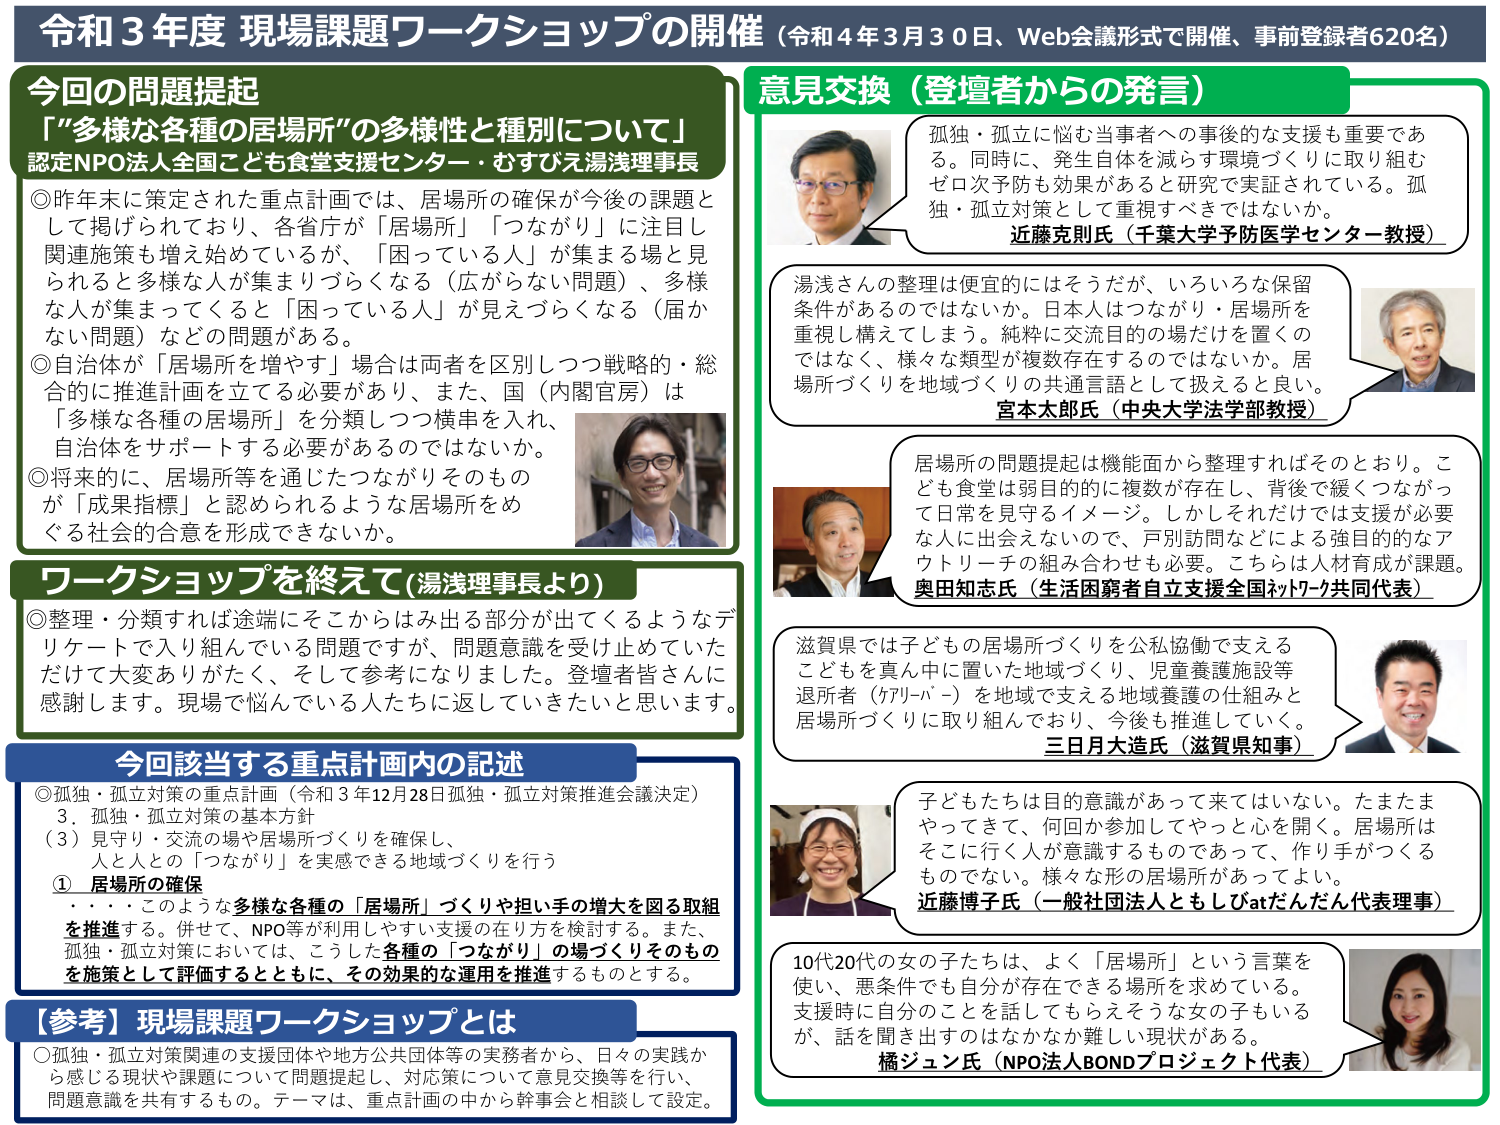
令和3年度 現場課題ワークショップの開催（令和4年3月30日、Web会議形式で開催、事前登録者620名）

今回の問題提起
「“多様な各種の居場所”の多様性と種別について」
認定NPO法人全国こども食堂支援センター・むすびえ湯浅理事長

◎昨年末に策定された重点計画では、居場所の確保が今後の課題として掲げられており、各省政府が「居場所」「つながり」に注目し関連施策も増え始めているが、「困っている人」が集まる場と見られると多様な人が集まりづらくなる（広がらない問題）、多様な人が集まってくると「困っている人」が見えづらくなる（届かない問題）などの問題がある。

◎自治体が「居場所を増やす」場合は両者を区別しつつ戦略的・総合的に推進計画を立てる必要があり、また、国（内閣官房）は「多様な各種の居場所」を分類しつつ横串を入れ、自治体をサポートする必要があるのではないか。

◎将来的に、居場所等を通じたつながりそのものが「成果指標」と認められるような居場所をめぐる社会的合意を形成できないか。

ワークショップを終えて（湯浅理事長より）

◎整理・分類すれば途端にそこからはみ出る部分が出てくるようなデリケートで入り組んでいる問題ですが、問題意識を受け止めていただけで大変ありがたく、そして参考になりました。登壇者皆さんに感謝します。現場で悩んでいる人たちに返していきたいと思います。

今回該当する重点計画内の記述

◎孤独・孤立対策の重点計画（令和3年12月28日孤独・孤立対策推進会議決定）
3．孤独・孤立対策の基本方針
（3）見守り・交流の場や居場所づくりを確保し、
人と人との「つながり」を実感できる地域づくりを行う
① 居場所の確保
・・・・このような多様な各種の「居場所」づくりや担い手の増大を図る取組を推進する。併せて、NPO等が利用しやすい支援の在り方を検討する。また、孤独・孤立対策においては、こうした各種の「つながり」の場づくりそのものを施策として評価するとともに、その効果的な運用を推進するものとする。

【参考】現場課題ワークショップとは
◎孤独・孤立対策関連の支援団体や地方公共団体等の実務者から、日々の実践から感じる現状や課題について問題提起し、対応策について意見交換等を行い、問題意識を共有するもの。テーマは、重点計画の中から幹事会と相談して設定。

意見交換（登壇者からの発言）

孤独・孤立に悩む当事者への事後的な支援も重要である。同時に、発生自体を減らす環境づくりに取り組むゼロ次予防も効果があると研究で実証されている。孤独・孤立対策として重視すべきではないか。
近藤克則氏（千葉大学予防医学センター教授）

湯浅さんの整理は便宜的にはそうだが、いろいろな保留条件があるのではないか。日本人はつながり・居場所を重視し構えてしまう。純粋に交流目的の場だけを置くのではなく、様々な類型が複数存在するのではないかな。居場所づくりを地域づくりの共通言語として捉えると良い。
宮本太郎氏（中央大学法学部教授）

居場所の問題提起は機能面から整理すればそのとおり。こども食堂は弱目的的に複数が存在し、背後で縦つながって日常を見守るイージー。しかしそれだけでは支援が必要な人に出会えないので、戸別訪問などによる強目的的なアウトリーチの組み合わせも必要。こちらは人材育成が課題。
奥田知志氏（生活困窮者自立支援全国ネットワーク共同代表）

滋賀県では子どもの居場所づくりを公私協働で支えるこどもを真ん中に置いた地域づくり、児童養護施設等退所者（ケアバー）を地域で支える地域養護の仕組みと居場所づくりに取り組んでおり、今後も推進していく。
三日月大造氏（滋賀県知事）

子どもたちは目的意識があって来てはいない。たまたまやってきて、何回か参加してやっと心を開く。居場所はそこに行く人が意識するものであって、作り手がつくるものでない。様々な形の居場所があってよい。
近藤博子氏（一般社団法人ともしびatだんだん代表理事）

10代20代の女の子たちは、よく「居場所」という言葉を使い、悪条件でも自分が存在できる場所を求めている。支援時に自分のことを話してもらえてそうな女の子もいるが、話を聞け出すのはなかなか難しい現状がある。
橘ジュン氏（NPO法人BONDプロジェクト代表）